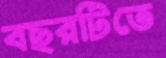
বছরটিতে